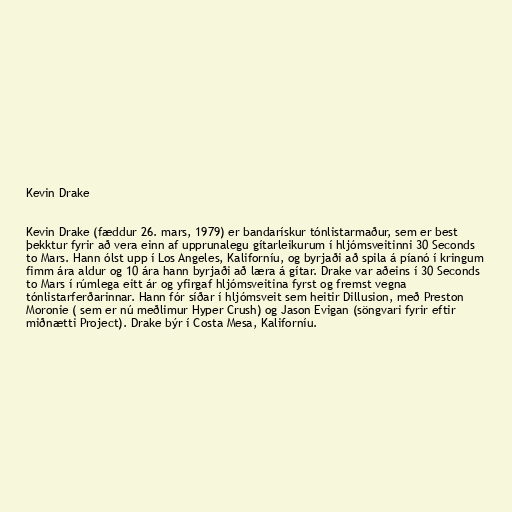
Kevin Drake

Kevin Drake (fæddur 26. mars, 1979) er bandarískur tónlistarmaður, sem er best
þekktur fyrir að vera einn af upprunalegu gítarleikurum í hljómsveitinni 30 Seconds
to Mars. Hann ólst upp í Los Angeles, Kaliforníu, og byrjaði að spila á píanó í kringum
fimm ára aldur og 10 ára hann byrjaði að læra á gítar. Drake var aðeins í 30 Seconds
to Mars í rúmlega eitt ár og yfirgaf hljómsveitina fyrst og fremst vegna
tónlistarferðarinnar. Hann fór síðar í hljómsveit sem heitir Dillusion, með Preston
Moronie ( sem er nú meðlimur Hyper Crush) og Jason Evigan (söngvari fyrir eftir
miðnætti Project). Drake býr í Costa Mesa, Kaliforníu.